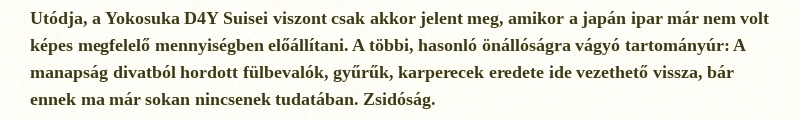
Utódja, a Yokosuka D4Y Suisei viszont csak akkor jelent meg, amikor a japán ipar már nem volt képes megfelelő mennyiségben előállítani. A többi, hasonló önállóságra vágyó tartományúr: A manapság divatból hordott fülbevalók, gyűrűk, karperecek eredete ide vezethető vissza, bár ennek ma már sokan nincsenek tudatában. Zsidóság.